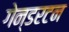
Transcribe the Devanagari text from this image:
गेन्डरटन